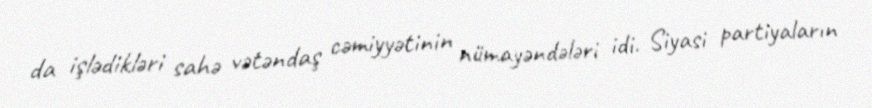
da işlədikləri sahə vətəndaş cəmiyyətinin nümayəndələri idi. Siyasi partiyaların